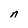
Character: n